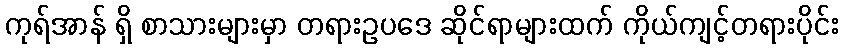
ကုရ်အာန် ရှိ စာသားများမှာ တရားဥပဒေ ဆိုင်ရာများထက် ကိုယ်ကျင့်တရားပိုင်း